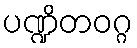
ပဏ္ဍိတဝဂ္ဂ